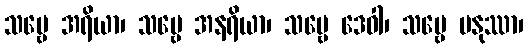
သဗ္ဗေ အရိယာ၊ သဗ္ဗေ အနရိယာ၊ သဗ္ဗေ ဒေဝါ၊ သဗ္ဗေ မနုဿာ၊